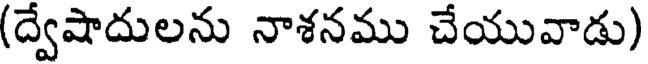
(ద్వేషాదులను నాశనము చేయువాడు)